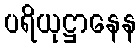
ပရိယုဋ္ဌာနေန